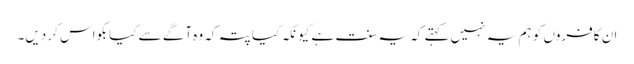
ان کافروں کو ہم یہ نہیں کہتے کہ یہ سنت ہے کیونکہ کیا پتہ کہ وہ آگے سے کیا بکواس کر دیں۔